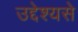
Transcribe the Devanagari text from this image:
उद्देश्‍यसे